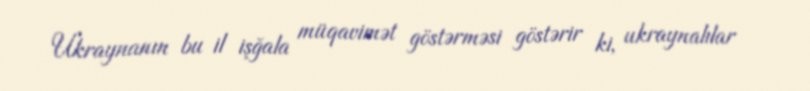
Ukraynanın bu il işğala müqavimət göstərməsi göstərir ki, ukraynalılar